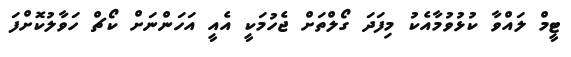
ޓީމް ލައްވާ ކުޅުވުމާއެކު މިފަދަ ގޯލްތަށް ޖެހުމަކީ އެއީ އަހަންނަށް ކޯޗް ހަވާލުކޮށްފަ